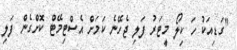
"ގަޑިއަކު ހަ ކިލޯ މީޓަރު ފަލި ޖެހޭނެ ކަމަށް އެސްޓިމޭޓް ކޮށްގެން ފަލި